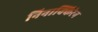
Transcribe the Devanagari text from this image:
निनाक्किरेन